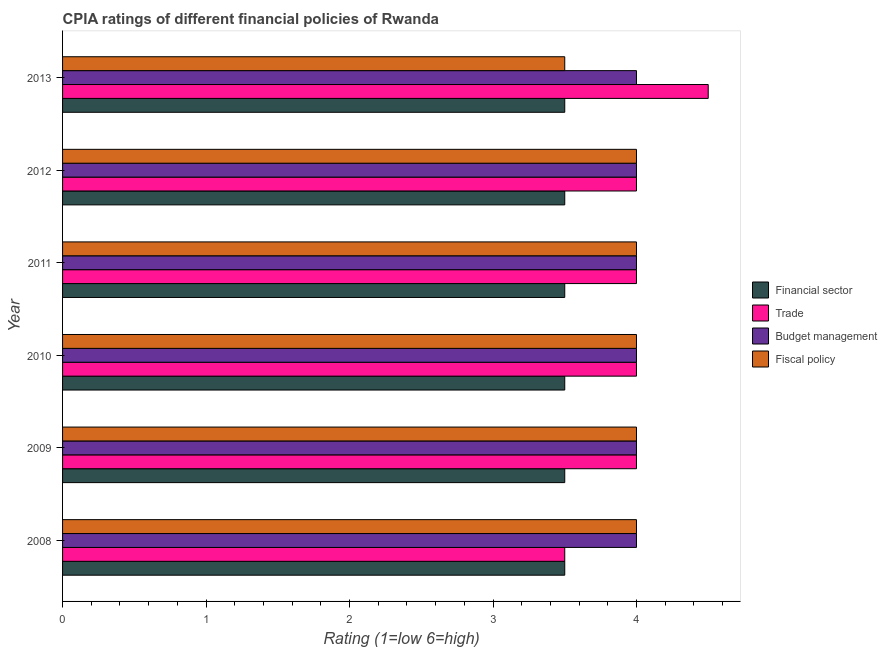
| Year | Financial sector | Trade | Budget management | Fiscal policy |
 | --- | --- | --- | --- | --- |
 | 2008 | 3.5 | 3.5 | 4 | 4 |
 | 2009 | 3.5 | 4 | 4 | 4 |
 | 2010 | 3.5 | 4 | 4 | 4 |
 | 2011 | 3.5 | 4 | 4 | 4 |
 | 2012 | 3.5 | 4 | 4 | 4 |
 | 2013 | 3.5 | 4.5 | 4 | 3.5 |